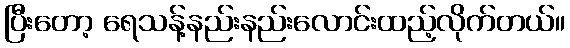
ပြီးတော့ ရေသန့်နည်းနည်းလောင်းထည့်လိုက်တယ်။